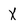
Character: X